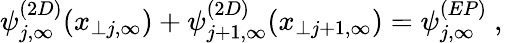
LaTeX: \psi_{j,\infty}^{(2D)}(x_{\perp j,\infty})+\psi_{j+1,\infty}^{(2D)}(x_{\perp j+1,\infty})=\psi_{j,\infty}^{(EP)}~,~